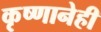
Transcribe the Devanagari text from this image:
कृष्णानेही